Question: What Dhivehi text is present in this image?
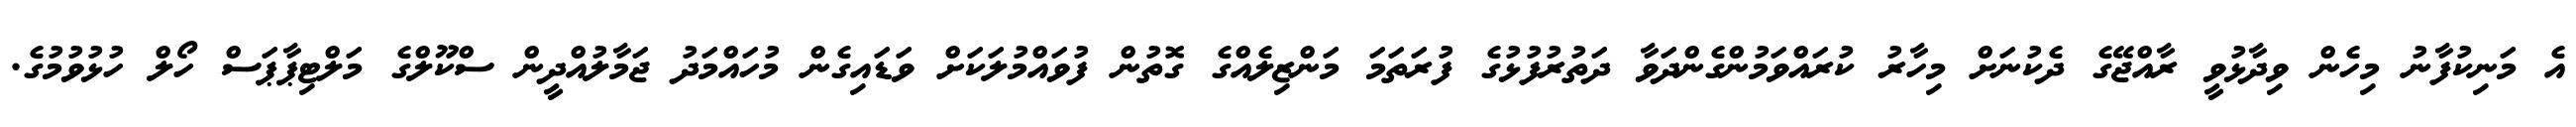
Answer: އެ މަނިކުފާނު މިހެން ވިދާޅުވީ ރާއްޖޭގެ ދެކުނަށް މިހާރު ކުރައްވަމުންގެންދަވާ ދަތުރުފުޅުގެ ފުރަތަމަ މަންޒިލެއްގެ ގޮތުން ފުވައްމުލަކަށް ވަޑައިގެން މުހައްމަދު ޖަމާލުއްދީން ސްކޫލްގެ މަލްޓިޕާޕަސް ހޯލް ހުޅުވުމުގެ.